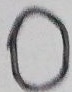
0